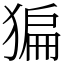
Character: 猵